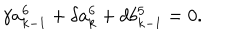
\gamma a _ { k - 1 } ^ { 6 } + \delta a _ { k } ^ { 6 } + d b _ { k - 1 } ^ { 5 } = 0 .